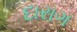
દારાગ